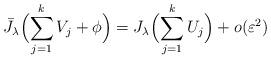
LaTeX: \begin{align*}\bar J_\lambda\Bigl(\sum_{j=1}^k V_j + \phi\Bigr)= J_\lambda\Bigl(\sum_{j=1}^k U_j \Bigr ) + o(\varepsilon^{2})\end{align*}